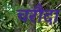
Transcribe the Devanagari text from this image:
चरौदा